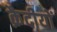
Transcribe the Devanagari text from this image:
क़ैदीयों